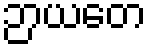
ဉာယတေ